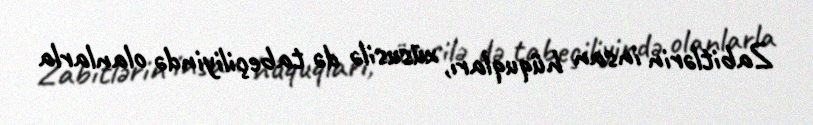
Zabitlərin insan hüquqları, xüsusilə də tabeçiliyində olanlarla